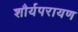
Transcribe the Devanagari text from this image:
शौर्यपरायण